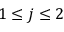
1 \le j \le 2